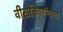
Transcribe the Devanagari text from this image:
वीसतिवण्णणा